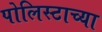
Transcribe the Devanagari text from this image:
पोलिस्टाच्या